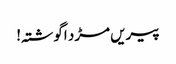
پیریں مڑد اگوشتہ!